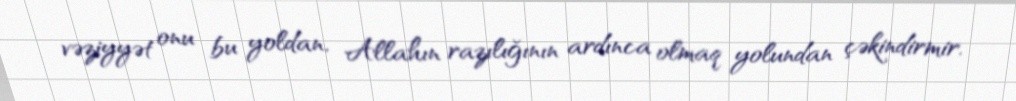
vəziyyət onu bu yoldan, Allahın razılığının ardınca olmaq yolundan çəkindirmir.